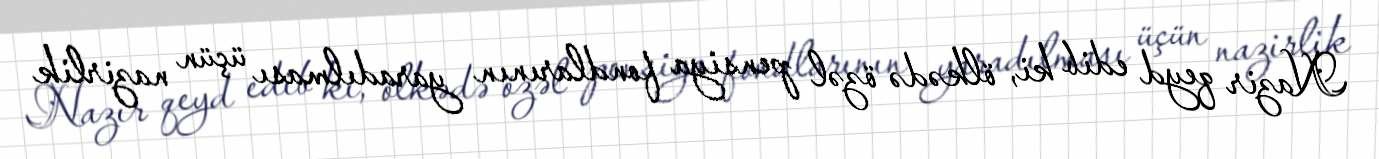
Nazir qeyd edib ki, ölkədə özəl pensiya fondlarının yaradılması üçün nazirlik